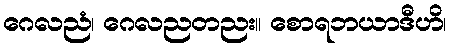
ဂေလညံ၊ ဂေလညတညး။ စောရဘယာဒီဟိ၊